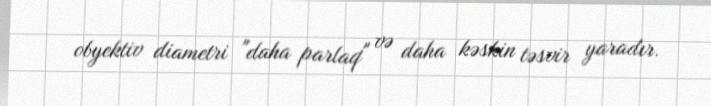
obyektiv diametri "daha parlaq" və daha kəskin təsvir yaradır.